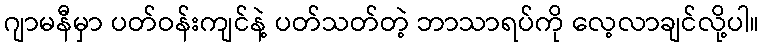
ဂျာမနီမှာ ပတ်ဝန်းကျင်နဲ့ ပတ်သတ်တဲ့ ဘာသာရပ်ကို လေ့လာချင်လို့ပါ။